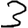
Digit: 3